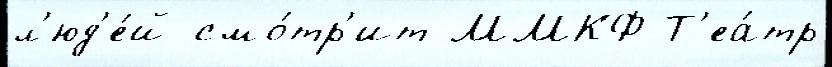
л'юд'е́й смо́тр'ит ММКФ Т'еа́тр